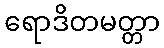
ရောဒိတမတ္တာ